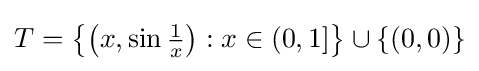
T=\left\{\left(x,\sin {\tfrac {1}{x}}\right):x\in (0,1]\right\}\cup \{(0,0)\}